Civil Veterinary Department Bihar & Orissa reports 1922-29 - 1922-1929
Year: 1922
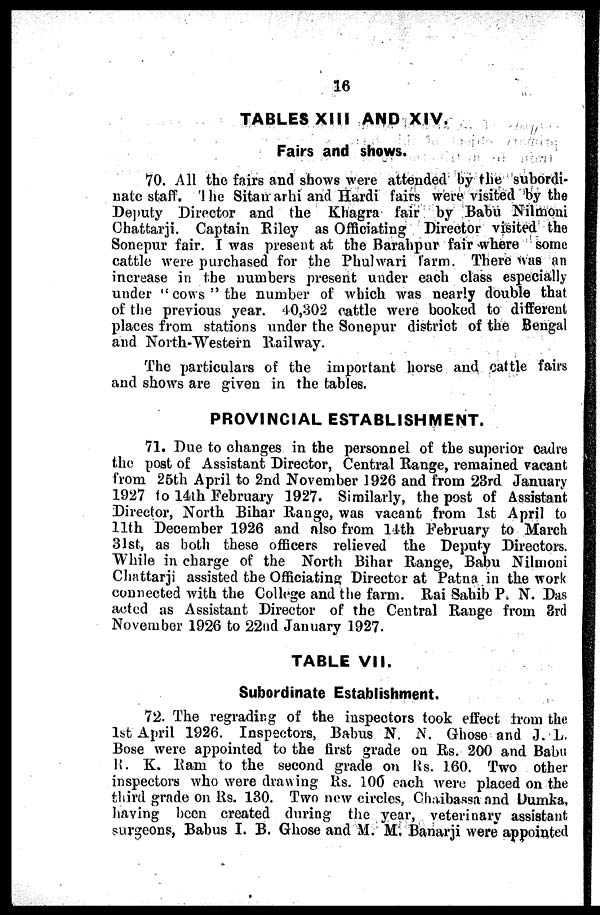
16
TABLES XIII AND XIV.
Fairs and shows.
70. All the fairs and shows were attended by the subordi-
nate staff. the Sitan arhi and Hardi fairs were visited by the
Deputy Director and the Khagra fair by Babu Nilmoni
Chattarji. Captain Riley as Officiating Director visited the
Sonepur fair. I was present at the Barahpur fair where some
cattle were purchased for the Phulwari farm. There was an
increase in the numbers present under each class especially
under " cows " the number of which was nearly double that
of the previous year. 40,302 cattle were booked to different
places from stations under the Sonepur district of the Bengal
and North-Western Railway.
The particulars of the important horse and cattle fairs
and shows are given in the tables.
PROVINCIAL ESTABLISHMENT.
71. Due to changes in the personnel of the superior cadre
the post of Assistant Director, Central Range, remained vacant
from 26th April to 2nd November 1926 and from 23rd January
1927 to 14th February 1927. Similarly, the post of Assistant
Director, North Bihar Range, was vacant from 1st April to
11th December 1926 and also from 11th February to March
31st, as both these officers relieved the Deputy Directors.
While in charge of the North Bihar Range, Babu Nilmoni
Chattarji assisted the Officiating Director at Patna in the work
connected with the College and the farm. Rai Sahib P. N. Das
acted as Assistant Director of the Central Range from 3rd
November 1926 to 22nd January 1927.
TABLE VII.
Subordinate Establishment.
72. The regrading of the inspectors took effect from the
1st April 1926. Inspectors, Babus N. N. Ghose and J. L.
Bose were appointed to the first grade on Rs. 200 and Babu
R. K. Ram to the second grade on Rs. 160. Two other
inspectors who were drawing Rs. 10(3 each were placed on the
third grade on Us. 130. Two new circles, Chaibassa and Dumka,
having been created during the year, veterinary assistant
surgeons, Babus I. B. Ghose and M. M. Banarji were appointed